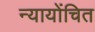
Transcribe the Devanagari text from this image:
न्‍यायोंचित